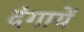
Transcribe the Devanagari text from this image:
दंगायें